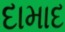
દામાદ